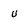
Character: u